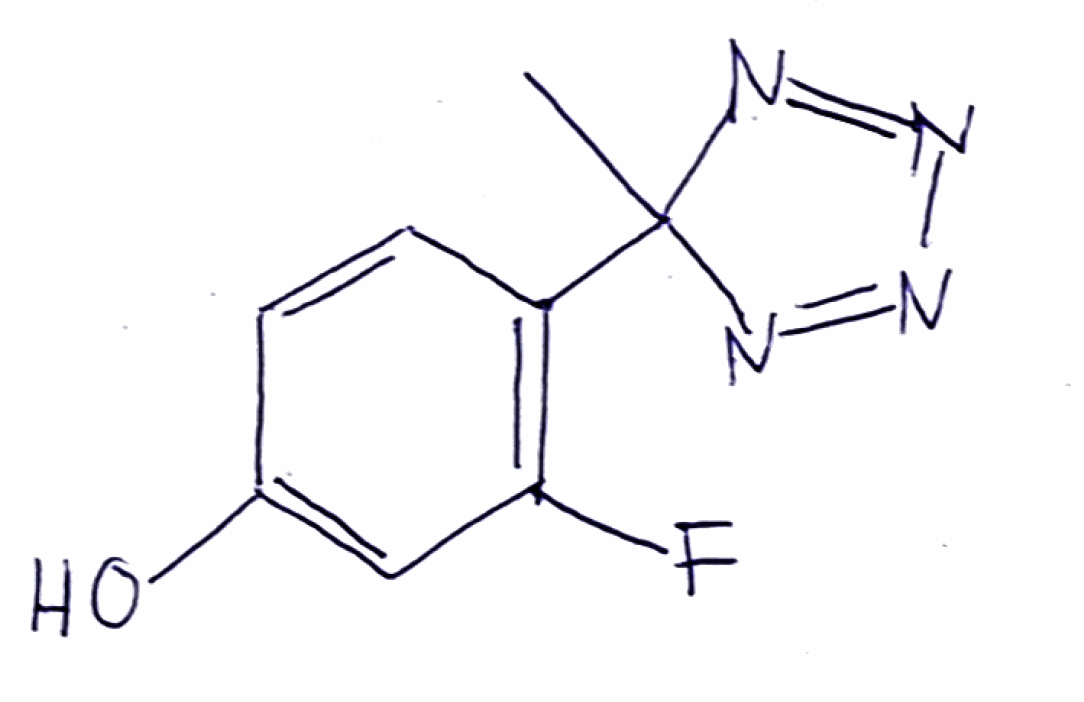
Simplified molecular-input line-entry system (SMILES) notation of the given molecule:
CC1(N=NN=N1)C2=C(C=C(C=C2)O)F